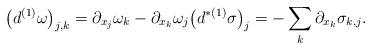
LaTeX: \begin{align*} \big( d^{(1)} \omega \big)_{j , k} = \partial_{x_{j}} \omega_{k} - \partial_{x_{k}} \omega_{j} \big( d^{* (1)} \sigma \big)_{j} = - \sum_{k} \partial_{x_{k}} \sigma_{k , j} .\end{align*}